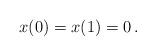
LaTeX: \begin{align*} x(0)=x(1)=0\,.\end{align*}